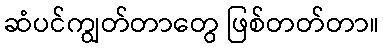
ဆံပင်ကျွတ်တာတွေ ဖြစ်တတ်တာ။